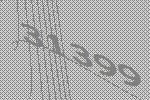
31399